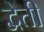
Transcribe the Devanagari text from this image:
द्वेती